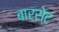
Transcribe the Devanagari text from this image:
बारसेट